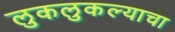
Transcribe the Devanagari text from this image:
लुकलुकल्याचा